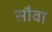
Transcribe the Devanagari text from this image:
सौवा